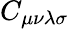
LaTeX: C_{\mu\nu\lambda\sigma}